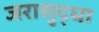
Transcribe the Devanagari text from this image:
जरासुद्धा